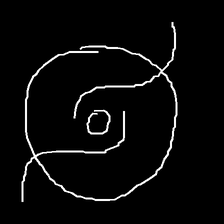
Glyph: repetition